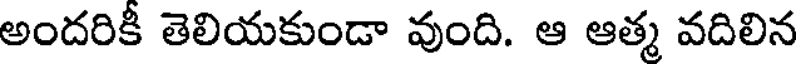
అందరికీ తెలియకుండా వుంది. ఆ ఆత్మ వదిలిన